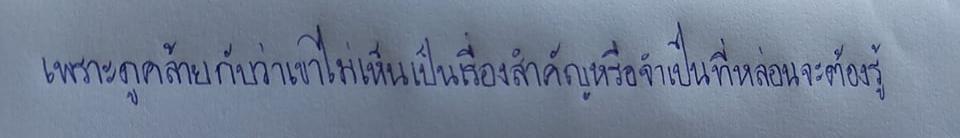
เพราะดูคล้ายกับว่าเขาไม่เห็นเป็นเรื่องสำคัญหรือจำเป็นที่หล่อนจะต้องรู้